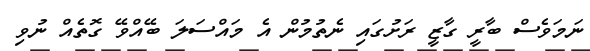
ނަމަވެސް ބާރީ ގާޒީ ރަށުގައި ނެތުމުން އެ މައްސަލަ ބޭއްވޭ ގޮތެއް ނުވި